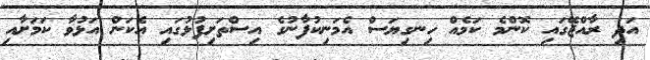
އަދި ރާއްޖޭގައި ކޮންމެ ކަމެއް ހިނގިޔަސް އެމަނިކުފާނުގެ އިސްތަށިފުޅުގައި އެކަން އަޅުވާ ކަމަށާއި